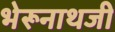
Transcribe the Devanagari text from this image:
भेरूनाथजी